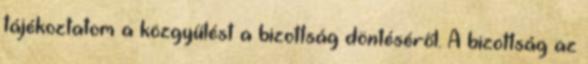
tájékoztatom a közgyűlést a bizottság döntéséről. A bizottság az